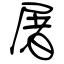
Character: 屠